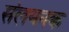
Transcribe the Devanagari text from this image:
संलयनक